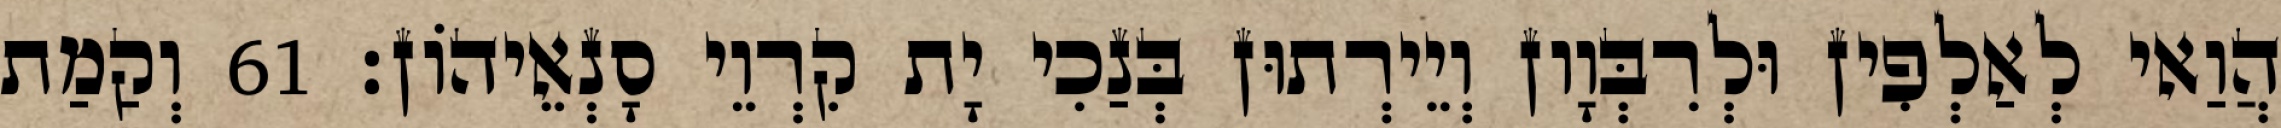
הֲוַאי לְאַלְפִין וּלְרִבְּוָון וְיֵירְתוּן בְּנַכִי יָת קִרְוֵי סָנְאֵיהוֹן׃ 61 וְקַמַת